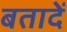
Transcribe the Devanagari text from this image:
बतादें